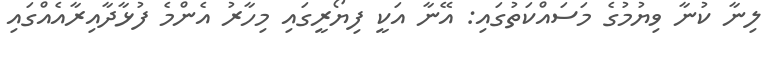
ލިނާ ކުނާ ވިޔުމުގެ މަސައްކަތުގައި: އޭނާ އަކީ ފިޔޯރީގައި މިހާރު އެންމެ ފުޅާދާއިރާއެއްގައި